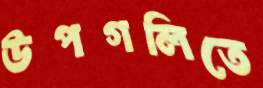
উপগলিতে